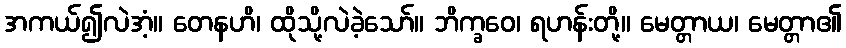
အကယ်၍လဲအံ့။ တေနဟိ၊ ထိုသို့လဲခဲ့သော်။ ဘိက္ခဝေ၊ ရဟန်းတို့။ မေတ္တာယ၊ မေတ္တာ၏